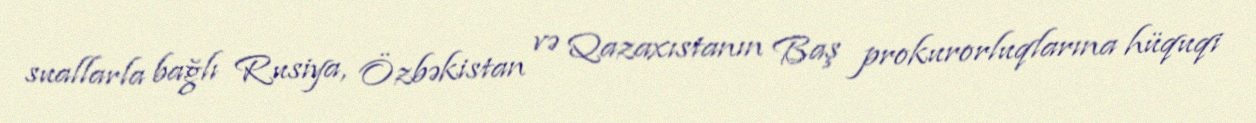
suallarla bağlı Rusiya, Özbəkistan və Qazaxıstanın Baş prokurorluqlarına hüquqi